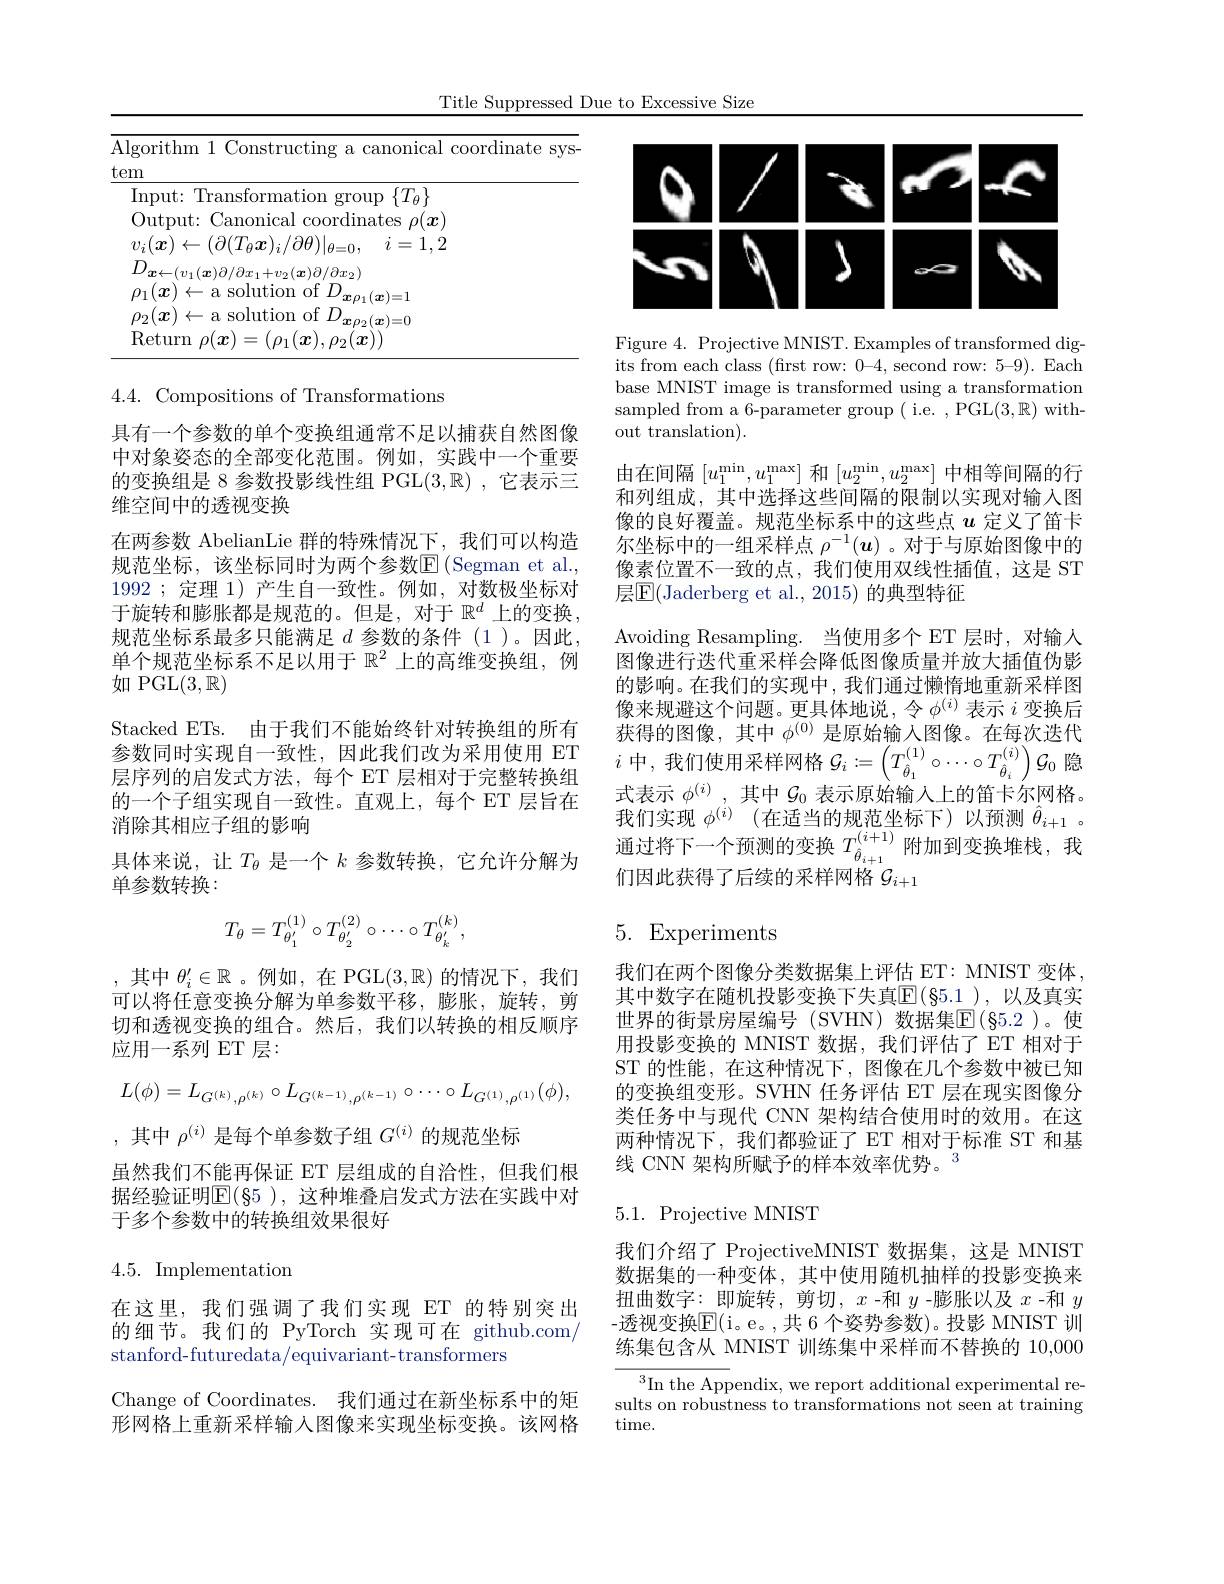
Title Suppressed Due to Excessive Size

<table>
	<tbody>
		<tr>
			<th>Algorithm 1 Constructing a canonical co</th>
			<th>$A$ 1</th>
			<th>m mst $1Ca$ rdinat</th>
		</tr>
		<tr>
			<th>tem</th>
			<th>te</th>
			<th> </th>
		</tr>
		<tr>
			<td>Input: Transformation group $\triangleright\{T_{\theta}\}$</td>
			<td> </td>
			<td>Trans $\{T_{\theta}\}$ $^{*}$Ollm</td>
		</tr>
		<tr>
			<td>Output: 1 Canonical coordinates $;\rho(\boldsymbol{x})$</td>
			<td> </td>
			<td>Canonical coordinates $\rho(\boldsymbol{x})$ ·</td>
		</tr>
		<tr>
			<td>$D_{\boldsymbol{x}\leftarrow(v_{1}(\boldsymbol{x})\partial/\partial x_{1}+v_{2}(\boldsymbol{x})\partial/\partial x_{2})}$ $\rho_{1}(x)\in$ $\leftarrow$a solution of $D$</td>
			<td> </td>
			<td>$_{1}(\boldsymbol{x})\partial/\partial x_{1}+v_{2}(\boldsymbol{x})\partial/\partial x_{2})$ solution of $D$</td>
		</tr>
		<tr>
			<td>$o_{2}(x$ $\leftarrow$a solution of $D$ $m_{1}-($</td>
			<td> </td>
			<td>a solution of $D$ $7a$ $(x)=(1,x)$</td>
		</tr>
		<tr>
			<td>$\operatorname{Return}\rho$ $\rho(\boldsymbol{x})=(\rho_{1}(\boldsymbol{x}),\rho_{2}(\boldsymbol{x}$</td>
			<td> </td>
			<td> </td>
		</tr>
	</tbody>
</table>

4.4.Compositions of Transformations

具有一个参数的单个变换组通常不足以捕获自然图像中对象姿态的全部变化范围。例如，实践中一个重要的变换组是 8 参数投影线性组 PGL$(3,\mathbb{R})$ ,它表示三维空间中的透视变换
在两参数 AbelianLie 群的特殊情况下，我们可以构造规范坐标，该坐标同时为两个参数$\operatorname{E}$(Segman et al., 1992 ;定理 1)产生自一致性。例如，对数极坐标对于旋转和膨胀都是规范的。但是，对于$\mathbb{R}^d$上的变换规范坐标系最多只能满足$d$参数的条件(1)。因此单个规范坐标系不足以用于$\mathbb{R}^2$上的高维变换组，例如 PGL$(3,\mathbb{R})$
Stacked ETs. 由于我们不能始终针对转换组的所有参数同时实现自一致性，因此我们改为采用使用 ET 层序列的启发式方法，每个 ET 层相对于完整转换组的一个子组实现自一致性。直观上，每个 ET 层旨在消除其相应子组的影响
具体来说，让$T_\theta$是一个$k$参数转换，它允许分解为
单参数转换：
$$T_{\theta}=T_{\theta_{1}^{\prime}}^{(1)}\circ T_{\theta_{2}^{\prime}}^{(2)}\circ\cdots\circ T_{\theta_{k}^{\prime}}^{(k)},$$
,其中 $\theta_i^\prime\in\mathbb{R}$ 。例如，在 PGL$(3,\mathbb{R})$ 的情况下，我们可以将任意变换分解为单参数平移，膨胀，旋转，剪切和透视变换的组合。然后，我们以转换的相反顺序应用一系列 ET 层：
$$L(\phi)=L_{G^{(k)},\rho^{(k)}}\circ L_{G^{(k-1)},\rho^{(k-1)}}\circ\cdots\circ L_{G^{(1)},\rho^{(1)}}(\phi),$$
,其中$\rho^{(i)}$是每个单参数子组$G^{(i)}$的规范坐标
虽然我们不能再保证 ET 层组成的自洽性，但我们根据经验证明$\boxed{\mathbb{E}(85),\text{ 这种堆叠启发式方法在实践中对}}$ 于多个参数中的转换组效果很好

## $4.5.{\mathrm{~Implementation}}$

在这里，我们强调了我们实现 ET 的特别突出的细节。我们的 PyTorch 实现可在 github.com, stanford-futuredata/equivariant-transformers

Change of Coordinates. 我们通过在新坐标系中的矩形网格上重新采样输入图像来实现坐标变换。该网格

<FigureHere>

Figure 4. Projective MNIST. Examples of transformed digits from each class (first row: 0-4, second row: 5-9). Each base MNIST image is transformed using a transformation sampled from a 6-parameter group ( i.e. , PGL(3,R) without translation).

由在间隔$\left[u_1^{\mathrm{min}},u_1^{\mathrm{max}}\right]$和$\left[u_2^{\mathrm{min}},u_2^{\mathrm{max}}\right]$中相等间隔的行和列组成，其中选择这些间隔的限制以实现对输入图像的良好覆盖。规范坐标系中的这些点$u$定义了笛卡尔坐标中的一组采样点$\rho^{-1}(\boldsymbol{u})$ 。对于与原始图像中的像素位置不一致的点，我们使用双线性插值，这是 ST 层$\boxed{\mathbb{E}}($Jaderberg et al., 2015) 的典型特征
Avoiding Resampling. 当使用多个 ET 层时，对输入图像进行迭代重采样会降低图像质量并放大插值伪影的影响。在我们的实现中，我们通过懒惰地重新采样图像来规避这个问题。更具体地说，令$\phi^{(i)}$表示$i$变换后获得的图像，其中$\phi^{(0)}$是原始输入图像。在每次迭代$i$中，我们使用采样网格$\mathcal{G}_i:=\left(T_{\hat{\theta}_1}^{(1)}\circ\cdots\circ T_{\hat{\theta}_i}^{(i)}\right)\mathcal{G}_0$隐式表示$\phi^{(i)}$ ,其中$\mathcal{G}_0$表示原始输入上的笛卡尔网格。我 们 实 现 $\phi ^{( i) }$ (在 适 当 的 规 范 坐 标 下 ) 以 预 测 $\hat{\theta } _{i+ 1}$ 。通 过 将 下 一 个 预 测 的 变 换 $T_{\hat{\theta } _{i+ 1}}^{( i+ 1) }$ 附 加 到 变 换 堆 栈 , 我 们 因 此 获 得 了 后 续 的 采 样 网 格 $\mathcal{G} _{i+ 1}$ 们因此获得了后续的采样网格$\mathcal{G}_i+1$

# 5. Experiments

我们在两个图像分类数据集上评估 ET: MNIST 变体， 其中数字在随机投影变换下失真$\overline{\mathbb{E}}(\S5.1)$, 以及真实世界的街景房屋编号(SVHN)数据集$\mathbb{E}(\S5.2$ )。使用投影变换的 MNIST 数据，我们评估了 ET 相对于ST 的性能，在这种情况下，图像在几个参数中被已知的变换组变形。SVHN 任务评估 ET 层在现实图像分类任务中与现代 CNN 架构结合使用时的效用。在这两种情况下，我们都验证了 ET 相对于标准 ST 和基线 CNN 架构所赋予的样本效率优势。$^{3}$

## $5.1.{\mathrm{Projective~MNIST}}$

我们介绍了 ProjectiveMNIST 数据集，这是 MNIST 数据集的一种变体，其中使用随机抽样的投影变换来扭曲数字：即旋转，剪切，$x$-和$y$-膨胀以及$x$-和$y$ -透视变换E( i。e。, 共 6个 姿 势 参 数 ) 。投 影 MNIST 训练集包含从 MNIST 训练集中采样而不替换的 10,000

$^{3}$In the Appendix, we report additional experimental results on robustness to transformations not seen at training time.